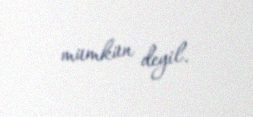
mümkün deyil.